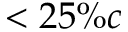
< 2 5 \% c